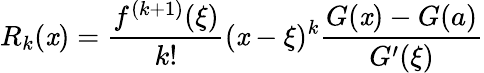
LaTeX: R_{k}(\mathit{x})={\frac{{f^{(k+1)}(\xi)}}{{k!}}}(\mathit{x}-\xi)^{k}{\frac{{G(\mathit{x})-G(a)}}{{G^{\prime}(\xi)}}}